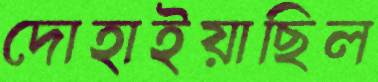
দোহাইয়াছিল